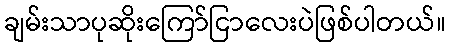
ချမ်းသာပုဆိုးကြော်ငြာလေးပဲဖြစ်ပါတယ်။